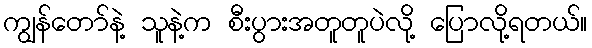
ကျွန်တော်နဲ့ သူနဲ့က စီးပွားအတူတူပဲလို့ ပြောလို့ရတယ်။